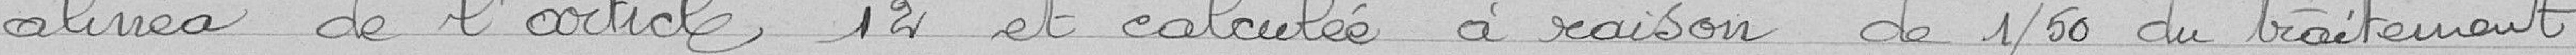
alinéa de l'article 14 et calculée à raison de un cinquantième du traitement